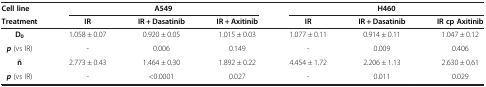
<table><thead><tr><td><b>Cell line</b></td><td colspan="3"><b>A549</b></td><td colspan="3"><b>H460</b></td></tr><tr><td><b>Treatment</b></td><td><b>IR</b></td><td><b>IR + Dasatinib</b></td><td><b>IR + Axitinib</b></td><td><b>IR</b></td><td><b>IR + Dasatinib</b></td><td><b>IR cp Axitinib</b></td></tr></thead><tbody><tr><td><b>D</b><sub><b>0</b></sub></td><td>1.058 ± 0.07</td><td>0.920 ± 0.05</td><td>1.015 ± 0.03</td><td>1.077 ± 0.11</td><td>0.914 ± 0.11</td><td>1.047 ± 0.12</td></tr><tr><td><b><i>p</i></b> (vs IR)</td><td>-</td><td>0.006</td><td>0.149</td><td>-</td><td>0.009</td><td>0.406</td></tr><tr><td><b>ñ</b></td><td>2.773 ± 0.43</td><td>1.464 ± 0.30</td><td>1.892 ± 0.22</td><td>4.454 ± 1.72</td><td>2.206 ± 1.13</td><td>2.630 ± 0.61</td></tr><tr><td><b><i>p</i></b> (vs IR)</td><td>-</td><td>&lt;0.0001</td><td>0.027</td><td>-</td><td>0.011</td><td>0.029</td></tr></tbody></table>